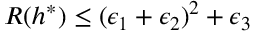
R ( h ^ { * } ) \leq ( \epsilon _ { 1 } + \epsilon _ { 2 } ) ^ { 2 } + \epsilon _ { 3 }